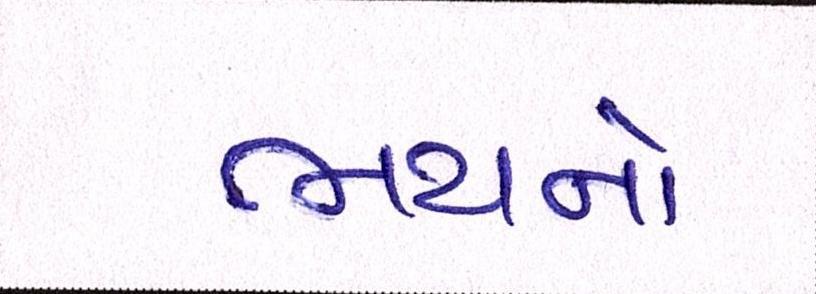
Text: ભયનો